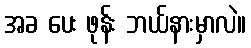
အခ ပေး ဖုန်း ဘယ်နားမှာလဲ။